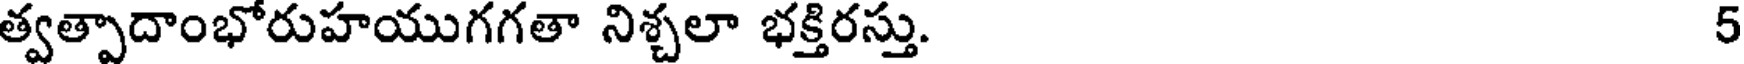
త్వత్పాదాంభోరుహయుగగతా నిశ్చలా భక్తిరస్తు. 5